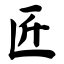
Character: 匠